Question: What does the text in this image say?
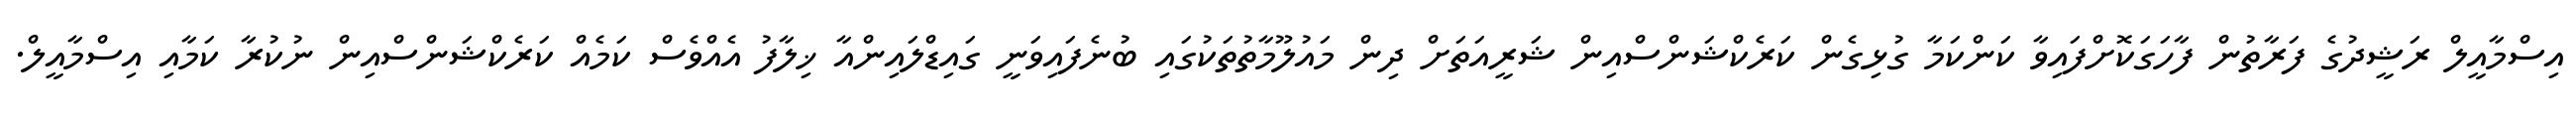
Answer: އިސްމާއީލް ރަޝީދުގެ ފަރާތުން ފާހަގަކޮށްފައިވާ ކަންކަމާ ގުޅިގެން ކަރެކްޝަންސްއިން ޝަރީއަތަށް ދިން މައުލޫމާތުތަކުގައި ބުނެފައިވަނީ ގައިޑްލައިންއާ ޚިލާފު އެއްވެސް ކަމެއް ކަރެކްޝަންސްއިން ނުކުރާ ކަމާއި އިސްމާއީލް.